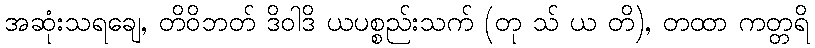
အဆုံးသရချေ, တိဝိဘတ် ဒိဝါဒိ ယပစ္စည်းသက် (တု သ် ယ တိ), တထာ ကတ္တရိ